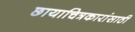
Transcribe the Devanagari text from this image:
छायाचित्रकारांसाठी